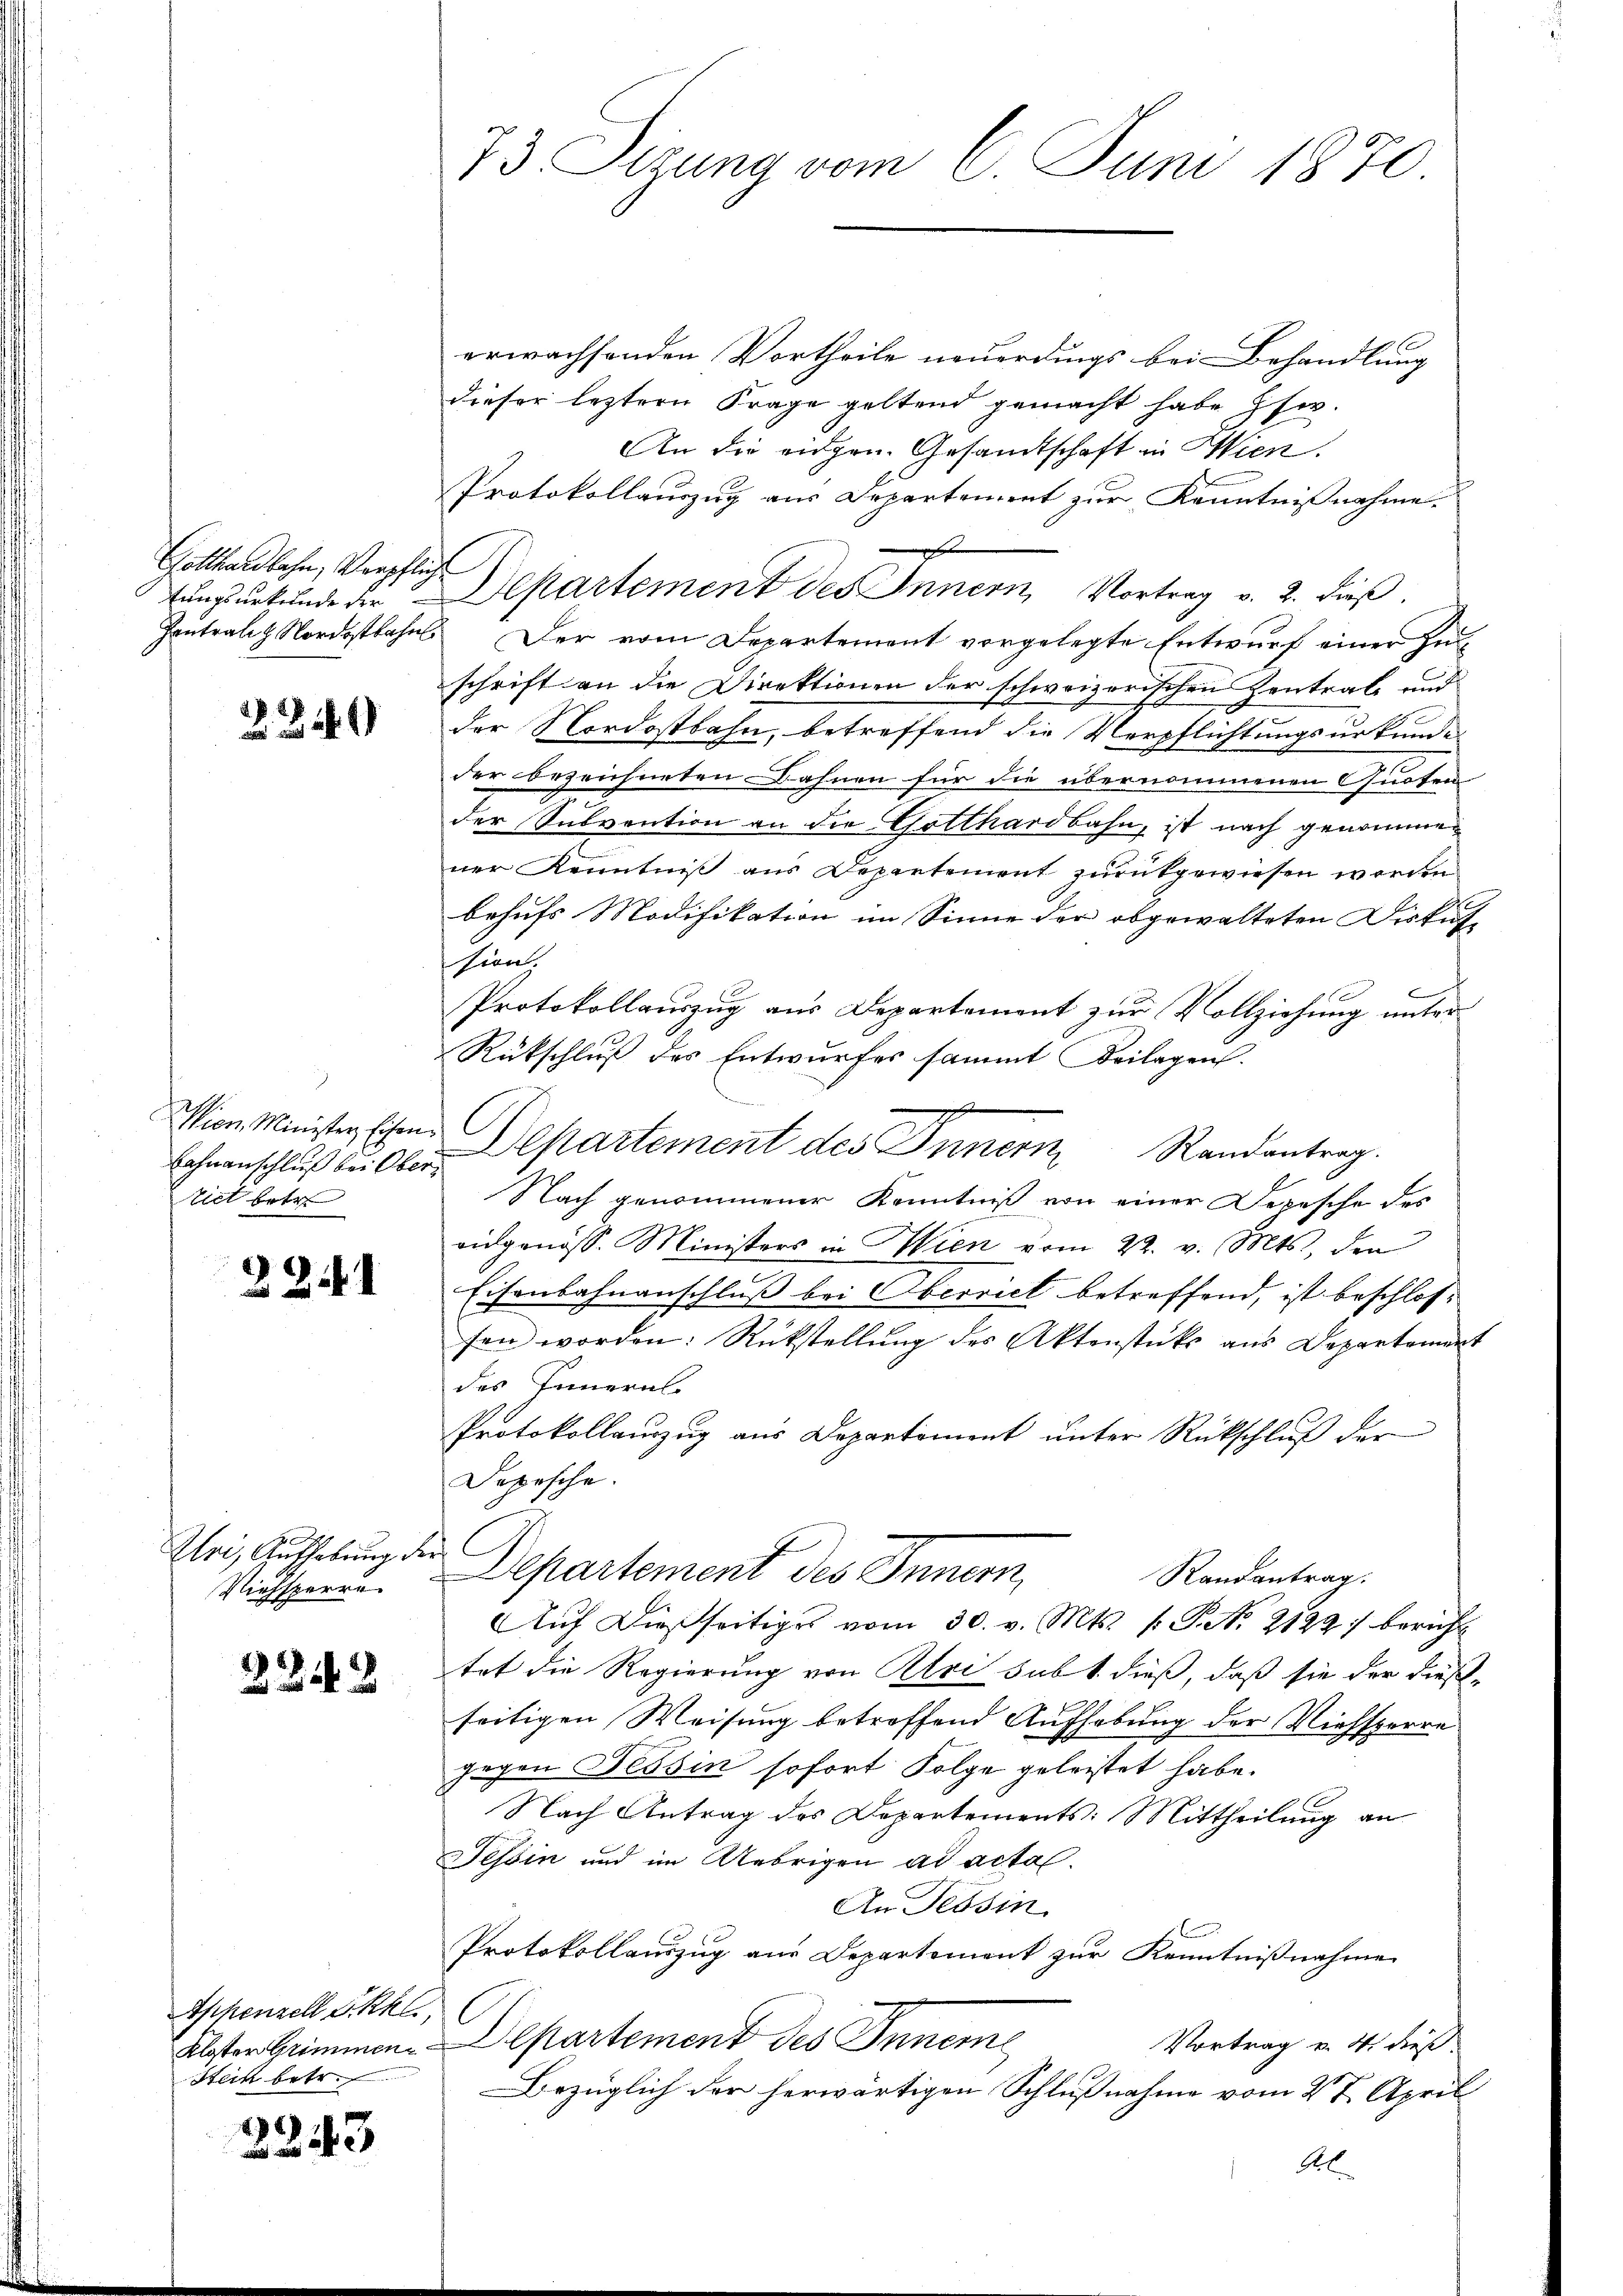
Gotthardbahn, Verpfliche

2349

Lahnanschluß bei Ober
tiet betr

2251

Zlri, Aufhebung der
Riehsperre

2249

Appenzell Skkl
Stein betr.

2243

erwachsenden Vortheile neuerdings bei Behandlung
dieser leztern Frage geltend gemacht habe Ehe.
An die eidgen. Gesandtschaft in Wien.
Protokollauszug aus Departement zur Kenntnißnahme.
geset
tungsurkunde die Departement des Innern Vortrag v. 2. dieß,
Centralez Nordostbahns Der vom Departement vorgelegte Entwurf einer Zuschrift an die Direktionen der schweizerischen Zentrale und
der Nordostbahn, betreffend die Verpflichtungsurkunde
der bezeichneten Bahnen für die übernommenen Quoten
der Subvention an die Gotthardbahn, ist nach genommen
ner Kenntniß aus Departement zurückgewiesen worden
behufs Modifikation im Sinne der obgewalteten Diskus
sion,
Protokollauszug aus Departement zur Vollziehung unter
Rückschluß des Entwurfes sammt Beilagen.
g
Wien Minister Eisen Departement des Innern Randantrag.
Nach genommener Kenntniß von einer Depesche des
aidgenöss. Ministers in Wien vom 22. v. Mts., den
Eisenbahnanschluß bei Oberriel betreffend, ist beschlos-
fen worden: Rückstellung des Aktenstück aus Departement
des Innern
Protokollauszug aus Departement unter Rückschluß der
Depesche.
Departement des Innern,
Randantrag.
Aŭf dießseitiges vom 30. v. Mts. 1 S. Nr. 2122 bericht
tet die Regierung von Alri sub 1. dieß, daß sie der dießseitigen Weisung betreffend Aufhebung der Viehsperre
gegen Tessin sofort Folge geleistet habe.
Nach Antrag des Departements: Mittheilung an
Tessin und im Uebrigen ad acta.
An Tessin.
Protokollauszug aus Departement zur Kenntnißnahme
Kloster Grimmen. Departement des Innerne
Vortrag v. 4. dies
Bezüglich der herwärtigen Schlußnahme vom 27. April
Al

73. Sizung vom 8. Juni 1870.